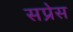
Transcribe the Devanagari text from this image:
सप्रेस